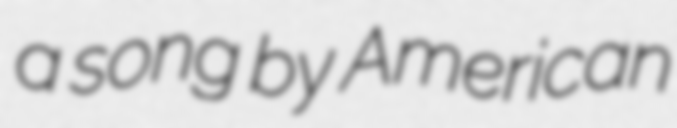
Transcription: a song by American